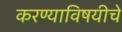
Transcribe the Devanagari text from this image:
करण्याविषयीचे